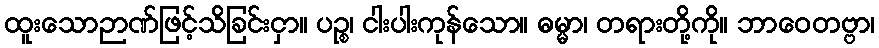
ထူးသောဉာဏ်ဖြင့်သိခြင်းငှာ။ ပဉ္စ၊ ငါးပါးကုန်သော။ ဓမ္မာ၊ တရားတို့ကို။ ဘာဝေတဗ္ဗာ၊